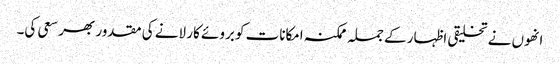
انھوں نے تخلیقی اظہار کے جملہ ممکنہ امکانات کو بروئے کار لانے کی مقدور بھر سعی کی۔